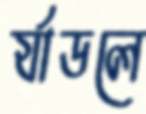
র‍্যাডলে